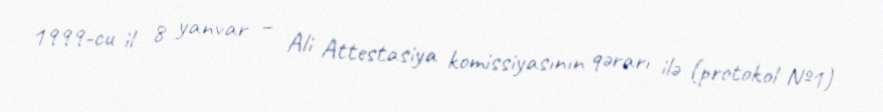
1999-cu il 8 yanvar – Ali Attestasiya komissiyasının qərarı ilə (protokol №1)